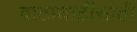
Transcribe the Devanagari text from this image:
वाटाघाटींसाठी